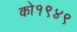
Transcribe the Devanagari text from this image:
को१९४९